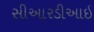
સીઆરડીઆઇ